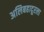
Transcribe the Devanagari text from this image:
अलिबहादूरला